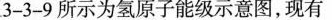
3-3-9所示为氢原子能级示意图，现有